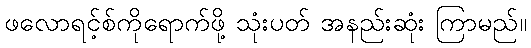
ဖလောရင့်စ်ကိုရောက်ဖို့ သုံးပတ် အနည်းဆုံး ကြာမည်။